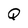
Character: Q